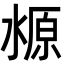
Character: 𬈛